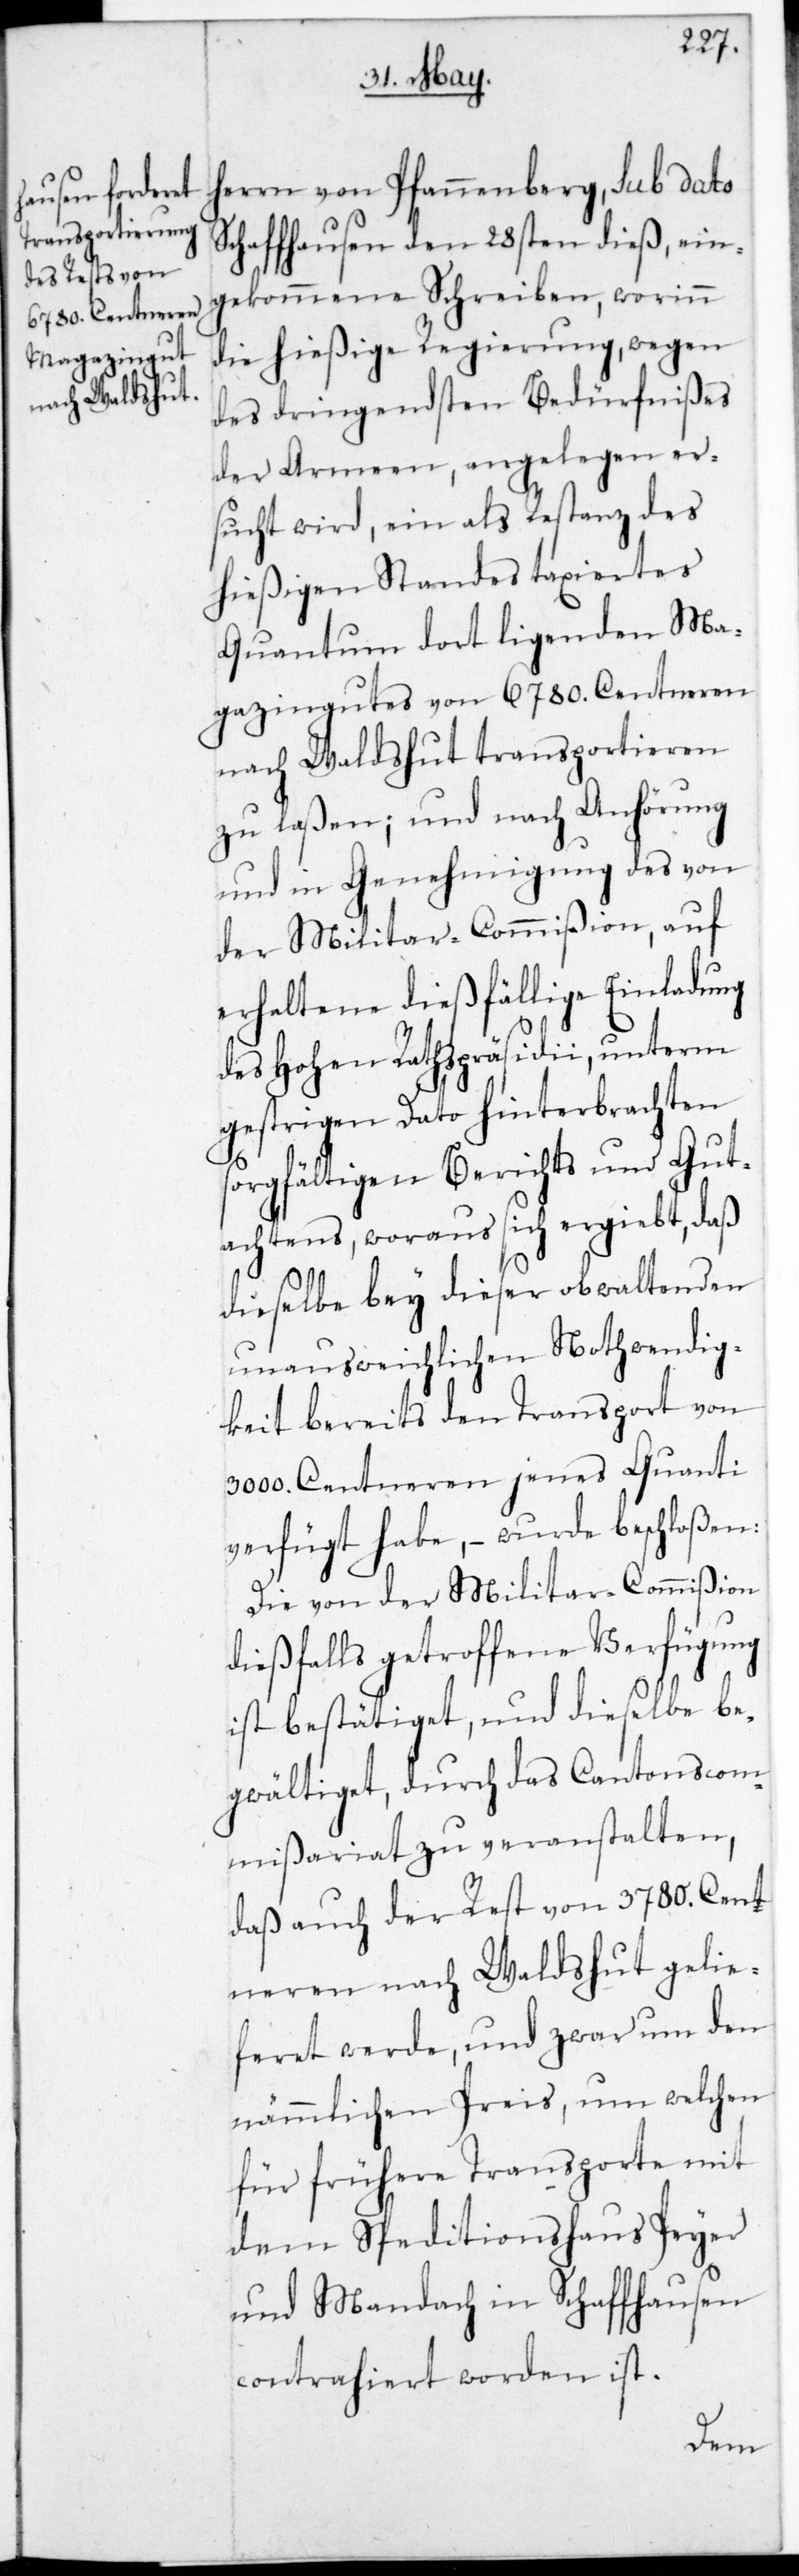
herrn von Pfannenberg, sub dato
Schaffhausen den 28sten dieß, ein¬
gekommene Schreiben, worinn
die hießige Regierung, wegen
des dringendsten Bedürfnißes
der Armeen, angelegen er¬
sucht wird, ein als Restanz des
hießigen Standes taxiertes
Quantum dort ligender Ma¬
gazingutes von 6780. Centneren
nach Waldshut transportieren
zu laßen; und nach Anhörung
und in Genehmigung des von
der Militar-Commißion, auf
erhaltene dießfällige Einladung
des Hohen Rathspräsidii, unterm
gestrigen Dato hinterbrachten
sorgfältigen Berichts und Gut¬
achtens, woraus sich ergibt, daß
dieselbe bey dieser obwaltenden
unausweichlichen Nothwendig¬
keit bereits den Transport von
3000. Centneren jenes Quanti
verfügt habe, wurde beschloßen:
Die von der Militar-Commißion
dießfalls getroffene Verfügung
ist bestätiget, und dieselbe be¬
gwältiget, durch das CantonsCom¬
mißariat zu veranstalten,
daß auch der Rest von 3780. Cent¬
neren nach Waldshut gelie¬
feret werde, und zwar um den
nämmlichen Preis, um welchen
für frühere Transporte mit
dem Speditionshaus Peyer
und Mandach in Schaffhausen
contrahiert worden ist.